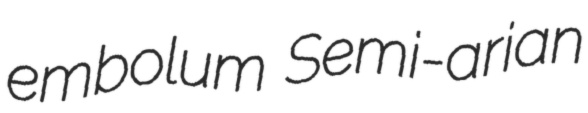
embolum Semi-arian